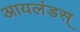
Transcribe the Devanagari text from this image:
आयलंडस्